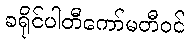
ခရိုင်ပါတီကော်မတီဝင်